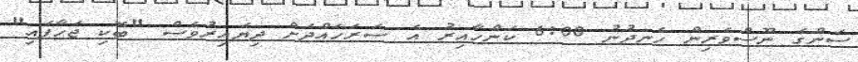
ސަންގެ ނޫސްވެރިން ހެނދުނު 6:00 ކަންހާއިރު އެ ސަރަހައްދަށް ދިޔައިރުވެސް "ބޮކި ޖަހާފައި"